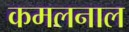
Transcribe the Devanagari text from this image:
कमलनाल